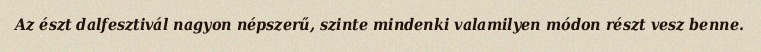
Az észt dalfesztivál nagyon népszerű, szinte mindenki valamilyen módon részt vesz benne.